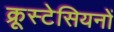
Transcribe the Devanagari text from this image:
क्रूस्टेसियनों